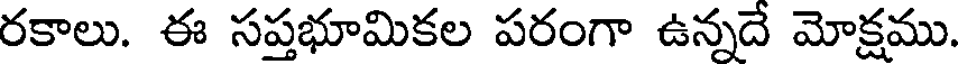
రకాలు. ఈ సప్తభూమికల పరంగా ఉన్నదే మోక్షము.